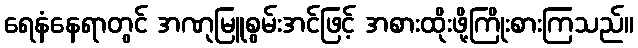
ရေနံနေရာတွင် အဏုမြူစွမ်းအင်ဖြင့် အစားထိုးဖို့ကြိုးစားကြသည်။